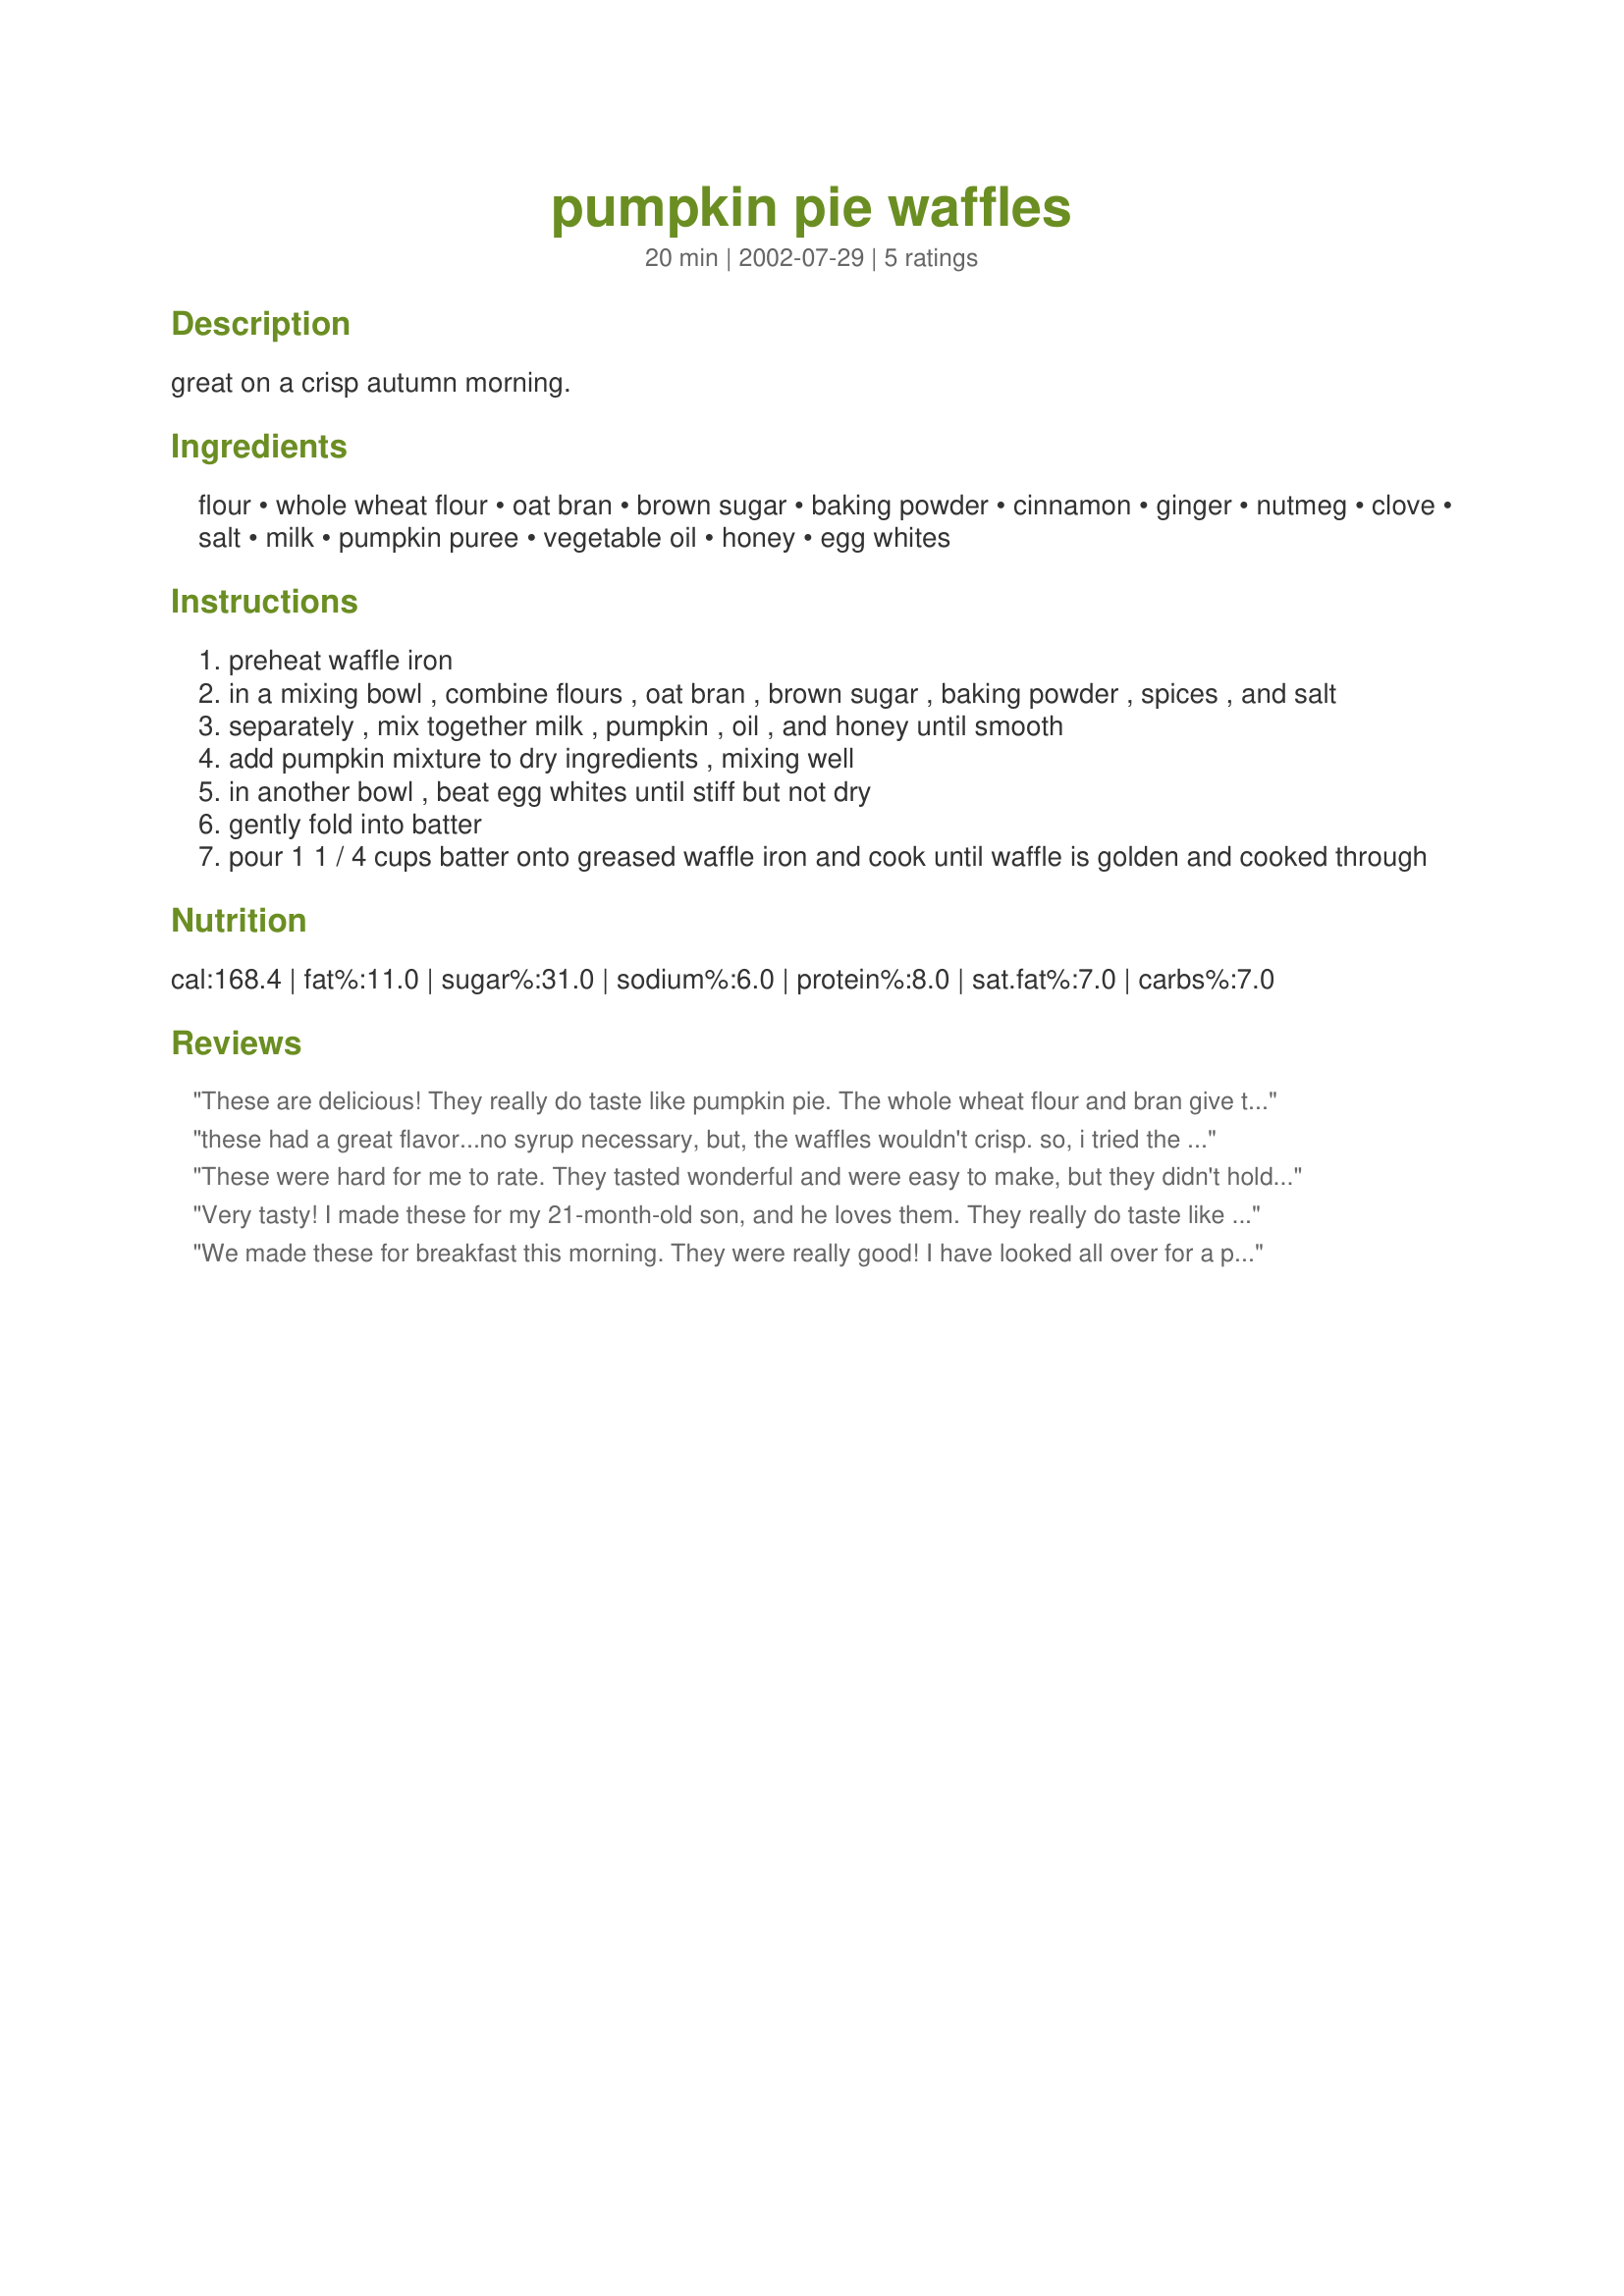
pumpkin pie waffles
Preparation time: 20 minutes

great on a crisp autumn morning.

Ingredients:
flour, whole wheat flour, oat bran, brown sugar, baking powder, cinnamon, ginger, nutmeg, clove, salt, milk, pumpkin puree, vegetable oil, honey, egg whites

Steps:
preheat waffle iron
in a mixing bowl , combine flours , oat bran , brown sugar , baking powder , spices , and salt
separately , mix together milk , pumpkin , oil , and honey until smooth
add pumpkin mixture to dry ingredients , mixing well
in another bowl , beat egg whites until stiff but not dry
gently fold into batter
pour 1 1 / 4 cups batter onto greased waffle iron and cook until waffle is golden and cooked through

Reviews:
These are delicious! They really do taste like pumpkin pie. The whole wheat flour and bran give them a nice texture too. Thanks, I'll definitely make these again.
these had a great flavor...no syrup necessary, but, the waffles wouldn't crisp. so, i tried the batter as pancakes, and the insides stayed mushy. great idea, just didn't really work for me
These were hard for me to rate. They tasted wonderful and were easy to make, but they didn't hold together well; even with lots of cooking spray on the iron, they stuck to the top and bottom halves of the waffle iron and we had to scrape them off to eat them, but they were yummy!! We topped them with Cool Whip, chopped walnuts and syrup. The sticking problem could be because I didn't have any oat bran. I'd like to try them again (with all ingredients) and see what a difference it makes.
Very tasty! I made these for my 21-month-old son, and he loves them. They really do taste like pumpkin pie! I used blackstrap molasses instead of honey, and they turned out just fine. These are definitely worth making again! Thanks for making a hot summer day feel a bit like autumn!
We made these for breakfast this morning. They were really good! I have looked all over for a pumpkin pancake recipe that I really liked to no avail...but I think I can stop now and just make pumpkin waffles when the craving hits. The flavor really does resemble that of a pumpkin pie.
